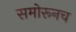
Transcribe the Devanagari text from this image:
समोरूनच